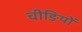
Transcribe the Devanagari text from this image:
चीङियों